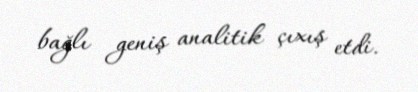
bağlı geniş analitik çıxış etdi.